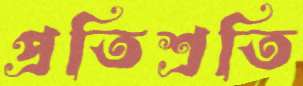
প্রতিশ্রতি